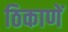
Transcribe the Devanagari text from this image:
ठिकाणें